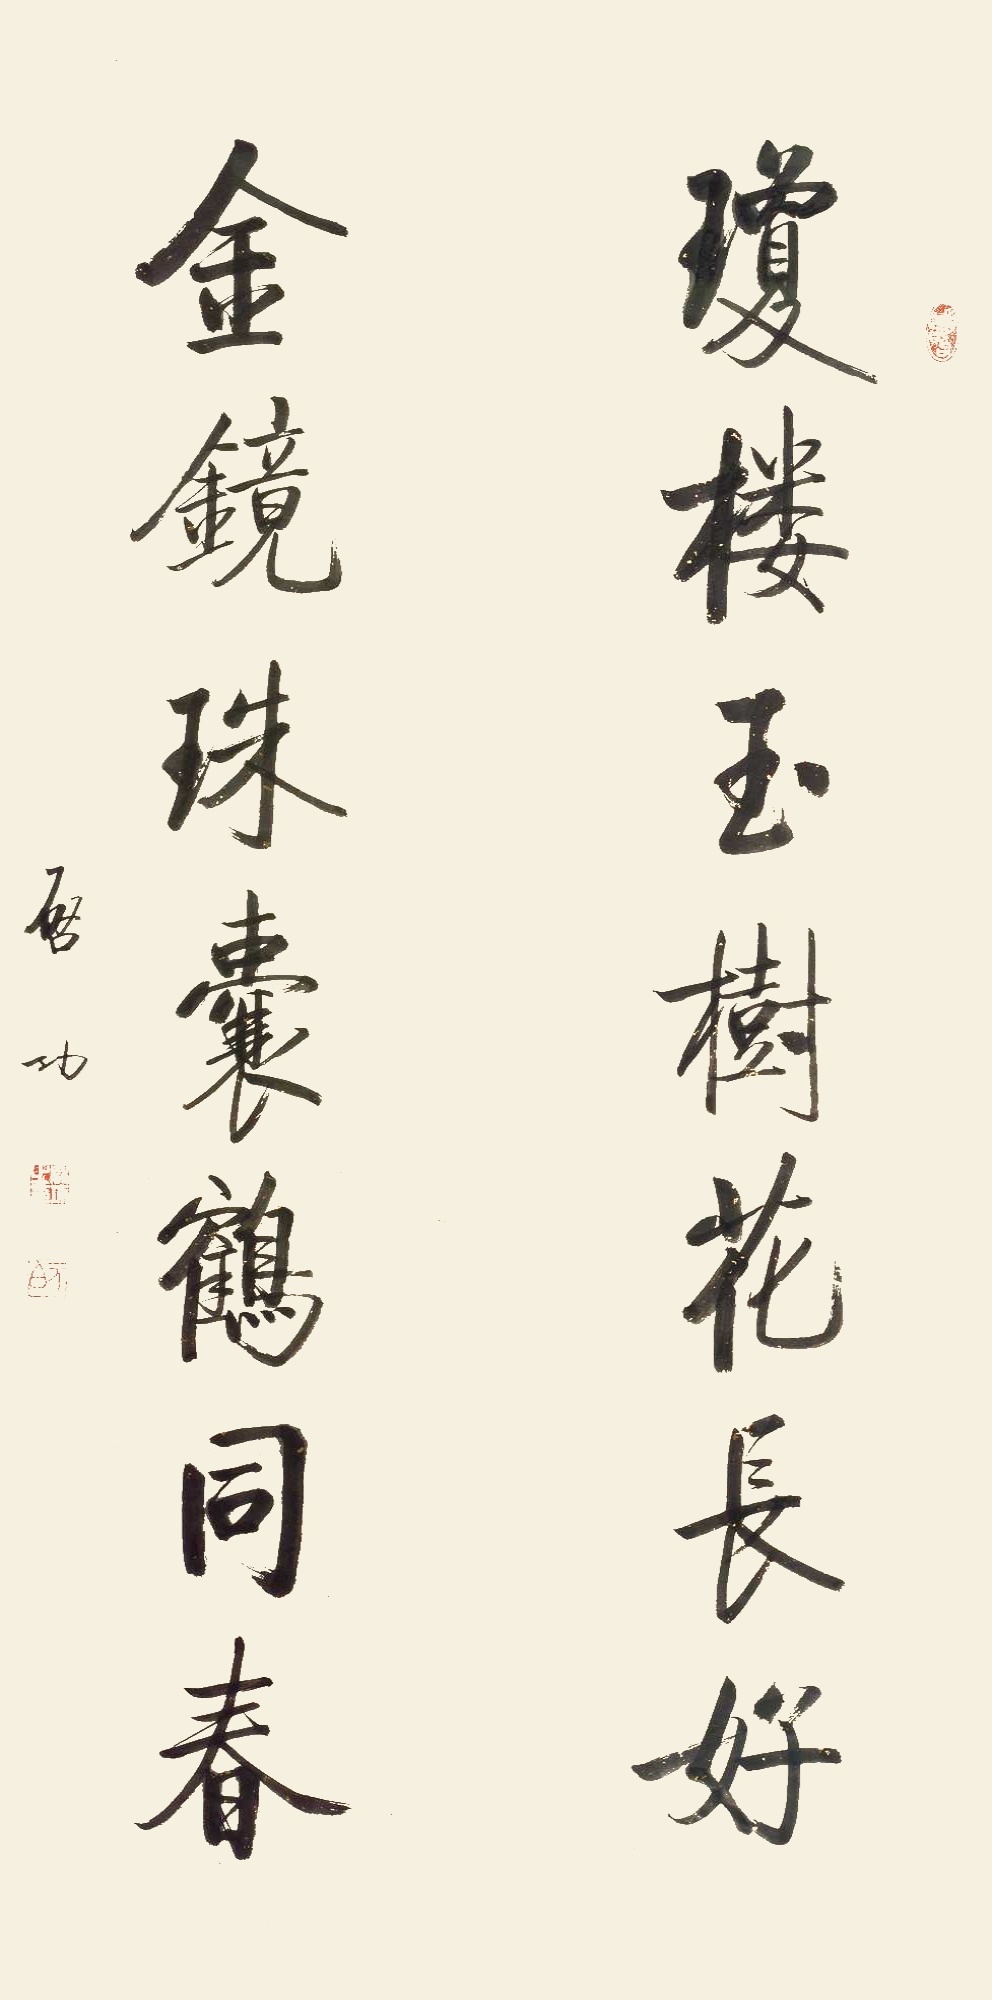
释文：琼楼玉树花长好，金镜珠囊鹤同春。启功。